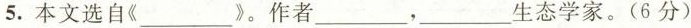
5. 本文选自《___》。作者___，___生态学家。(6分)